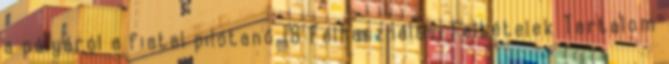
a pályáról a fiatal pilótanő 18 Felhasználási feltételek Tartalom